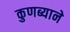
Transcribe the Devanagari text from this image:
कुणब्याने